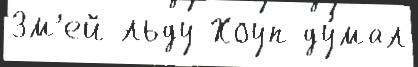
Зм'ей льду Хоуп ду́мал